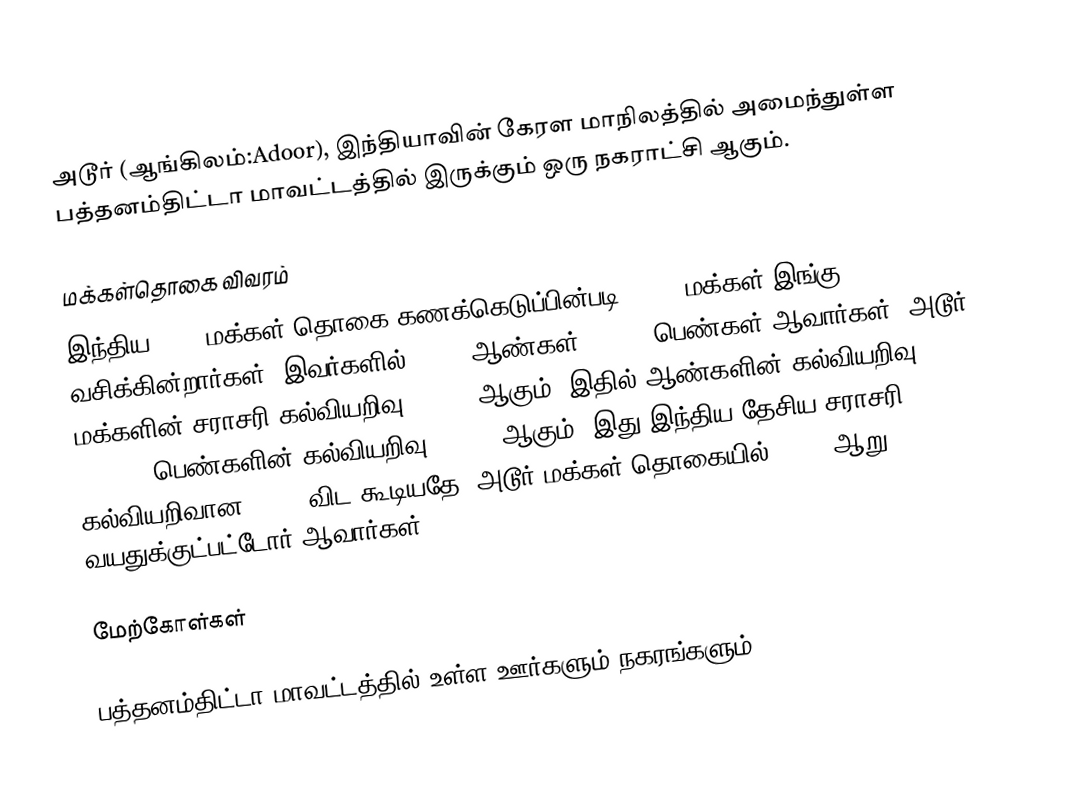
அடூர் (ஆங்கிலம்:Adoor), இந்தியாவின் கேரள மாநிலத்தில் அமைந்துள்ள பத்தனம்திட்டா மாவட்டத்தில் இருக்கும் ஒரு நகராட்சி ஆகும்.

மக்கள்தொகை விவரம்
இந்திய 2011 மக்கள் தொகை கணக்கெடுப்பின்படி 29171 மக்கள் இங்கு வசிக்கின்றார்கள். இவர்களில் 47.1% ஆண்கள், 52.9% பெண்கள் ஆவார்கள். அடூர் மக்களின் சராசரி கல்வியறிவு 96.31% ஆகும். இதில் ஆண்களின் கல்வியறிவு 97.49%, பெண்களின் கல்வியறிவு 95.27% ஆகும். இது இந்திய தேசிய சராசரி கல்வியறிவான 59.5% விட கூடியதே. அடூர் மக்கள் தொகையில் 8.27% ஆறு வயதுக்குட்பட்டோர் ஆவார்கள்.

மேற்கோள்கள்

பத்தனம்திட்டா மாவட்டத்தில் உள்ள ஊர்களும் நகரங்களும்